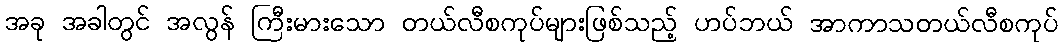
အခု အခါတွင် အလွန် ကြီးမားသော တယ်လီစကုပ်များဖြစ်သည့် ဟပ်ဘယ် အာကာသတယ်လီစကုပ်